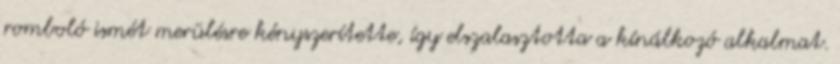
romboló ismét merülésre kényszerítette, így elszalasztotta a kínálkozó alkalmat.